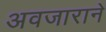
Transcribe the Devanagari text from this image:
अवजाराने